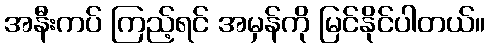
အနီးကပ် ကြည့်ရင် အမှန်ကို မြင်နိုင်ပါတယ်။